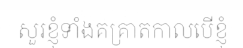
សួរខ្ញុំទាំងគគ្រាតកាលបើខ្ញុំ